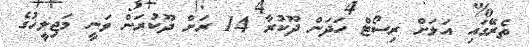
ތެރޭގައި އަލަށް ރިސޯޓް ހަދަން ދޫކުރާ 14 ރަށް ދޫކުރަން ވަނީ މަޖިލީހުގެ